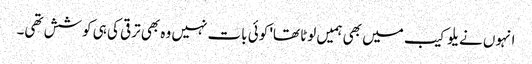
انہوں نے یلو کیب میں بھی ہمیں لوٹا تھا' کوئی بات نہیں وہ بھی ترقی کی ہی کوشش تھی۔